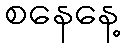
စနေနေ့